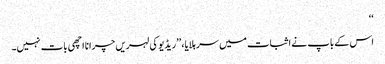
‘‘
اس کے باپ نے اثبات میں سر ہلایا، ’’ریڈیو کی لہریں چرانا اچھی بات نہیں۔